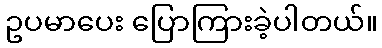
ဥပမာပေး ပြောကြားခဲ့ပါတယ်။